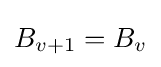
{{B}_{v+1}}={{B}_{v}}